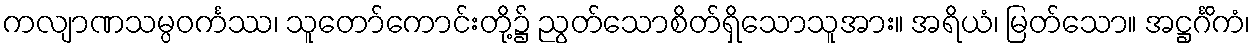
ကလျာဏသမ္ပဝင်္ကဿ၊ သူတော်ကောင်းတို့၌ ညွတ်သောစိတ်ရှိသောသူအား။ အရိယံ၊ မြတ်သော။ အဋ္ဌင်္ဂိကံ၊